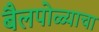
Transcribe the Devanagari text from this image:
बैलपोळ्याचा